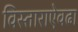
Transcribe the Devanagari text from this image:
विस्ताराऐवढा